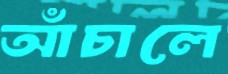
আঁচালে